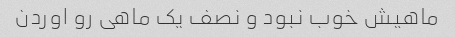
ماهیش خوب نبود و نصف یک ماهی رو اوردن